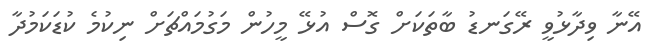
އޭނާ ވިދާޅުވީ ރޭގަނޑު ބާތަކަށް ގޮސް އުޅޭ މީހުން މަގުމައްޗަށް ނިކުމެ ކުޑަކަމުދާ